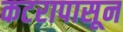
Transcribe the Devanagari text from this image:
कटरापासून